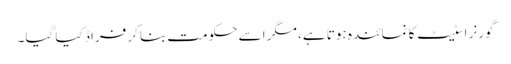
گورنر اسٹیٹ کا نمائندہ ہوتا ہے، مگر اسے حکومت بناکر فراڈ کیا گیا۔